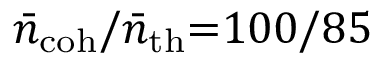
\bar { n } _ { \mathrm { c o h } } / \bar { n } _ { \mathrm { t h } } { = } 1 0 0 / 8 5